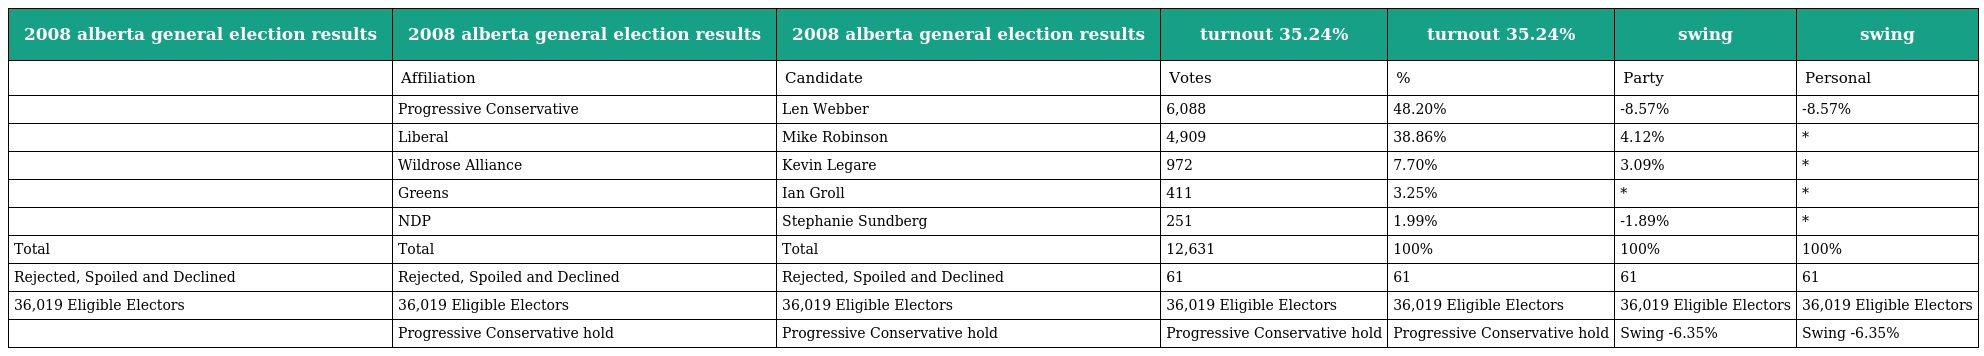
| 2008 alberta general election results | 2008 alberta general election results | 2008 alberta general election results | turnout 35.24% | turnout 35.24% | swing | swing |
 | --- | --- | --- | --- | --- | --- | --- |
 |  | Affiliation | Candidate | Votes | % | Party | Personal |
 |  | Progressive Conservative | Len Webber | 6,088 | 48.20% | -8.57% | -8.57% |
 |  | Liberal | Mike Robinson | 4,909 | 38.86% | 4.12% | * |
 |  | Wildrose Alliance | Kevin Legare | 972 | 7.70% | 3.09% | * |
 |  | Greens | Ian Groll | 411 | 3.25% | * | * |
 |  | NDP | Stephanie Sundberg | 251 | 1.99% | -1.89% | * |
 | Total | Total | Total | 12,631 | 100% | 100% | 100% |
 | Rejected, Spoiled and Declined | Rejected, Spoiled and Declined | Rejected, Spoiled and Declined | 61 | 61 | 61 | 61 |
 | 36,019 Eligible Electors | 36,019 Eligible Electors | 36,019 Eligible Electors | 36,019 Eligible Electors | 36,019 Eligible Electors | 36,019 Eligible Electors | 36,019 Eligible Electors |
 |  | Progressive Conservative hold | Progressive Conservative hold | Progressive Conservative hold | Progressive Conservative hold | Swing -6.35% | Swing -6.35% |